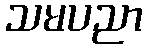
သမပညာ